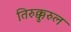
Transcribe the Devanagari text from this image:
तिरुक्कुरुल